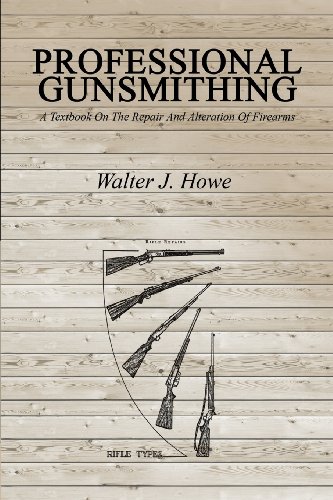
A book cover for Professional Gunsmithing: A Textbook On The Repair And Alteration Of Firearms; Walter J. Howe; Crafts, Hobbies & Home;